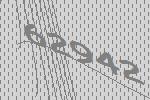
62942